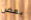
بعض